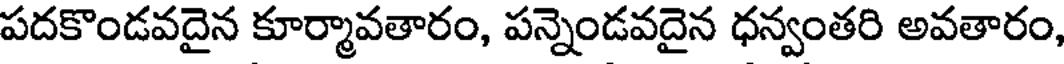
పదకొండవదైన కూర్మావతారం, పన్నెండవదైన ధన్వంతరి అవతారం,